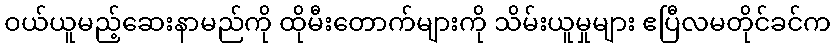
ဝယ်ယူမည့်ဆေးနာမည်ကို ထိုမီးတောက်များကို သိမ်းယူမှုများ ဧပြီလမတိုင်ခင်က